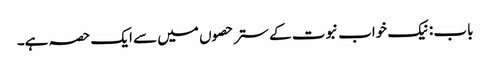
باب : نیک خواب نبوت کے ستر حصوں میں سے ایک حصہ ہے۔